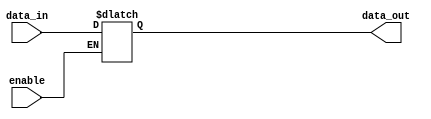
module transparent_latch (
    input data_in,
    input enable,
    output reg data_out
);

always @ (enable or data_in)
begin
    if (enable)
        data_out <= data_in;
end

endmodule